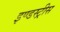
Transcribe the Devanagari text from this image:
इण्डस्ट्रीस